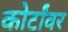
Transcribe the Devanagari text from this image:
कोर्टांवर